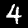
Label: 4